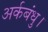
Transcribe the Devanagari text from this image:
अर्कबंधु।